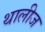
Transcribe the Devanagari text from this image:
थालीज